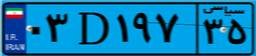
۰۳D۱۹۷۳۵